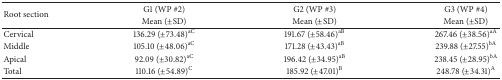
<table><thead><tr><td rowspan="2"><b>Root section</b></td><td><b>G1 (WP #2)</b></td><td><b>G2 (WP #3)</b></td><td><b>G3 (WP #4)</b></td></tr><tr><td><b>Mean (±SD)</b></td><td><b>Mean (±SD)</b></td><td><b>Mean (±SD)</b></td></tr></thead><tbody><tr><td>Cervical</td><td>136.29 (±73.48)<sup>aC</sup></td><td>191.67 (±58.46)<sup>aB</sup></td><td>267.46 (±38.56)<sup>aA</sup></td></tr><tr><td>Middle</td><td>105.10 (±48.06)<sup>aC</sup></td><td>171.28 (±43.43)<sup>aB</sup></td><td>239.88 (±27.55)<sup>bA</sup></td></tr><tr><td>Apical</td><td>92.09 (±30.82)<sup>aC</sup></td><td>196.42 (±34.95)<sup>aB</sup></td><td>238.45 (±28.95)<sup>bA</sup></td></tr><tr><td>Total</td><td>110.16 (±54.89)<sup>C</sup></td><td>185.92 (±47.01)<sup>B</sup></td><td>248.78 (±34.31)<sup>A</sup></td></tr></tbody></table>